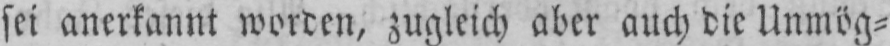
sei anerkannt worden, zugleich aber auch die Unmög⸗